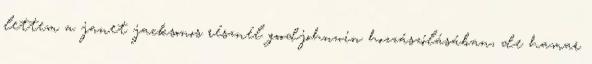
lettem a janet jacksonos résznél goodjohnwin hozzászólásában, de hamar